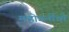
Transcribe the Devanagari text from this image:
महोगनींची